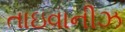
તાઇવાનીઝ